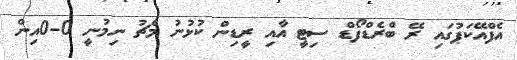
އެފްއޭކަޕުގައި ރޭ ބްރެޑްފޯޑް ސިޓީ އާއި ރީޑިން ކުޅުނު މެޗު ނިމުނީ 0-0އިން